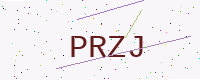
Text: PRZJ